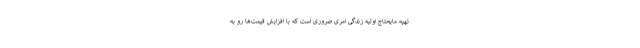
تهیه مایحتاج اولیه زندگی امری ضروری است که با افزایش قیمت‌ها رو به